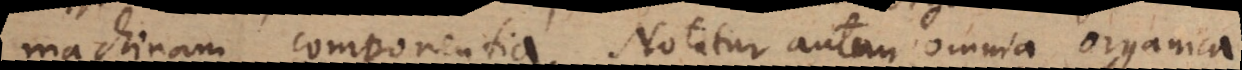
machinam componentia. Notatur autem omnia organic